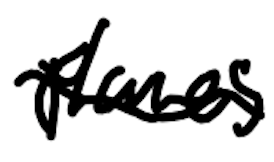
Text: planes
Cross-out: wave
Writing tool: digital_black